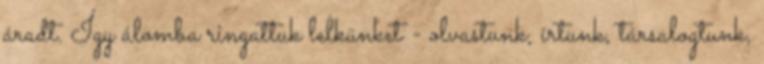
áradt. Így álomba ringattuk lelkünket - olvastunk, írtunk, társalogtunk,